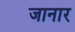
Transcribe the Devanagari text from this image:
जानार